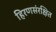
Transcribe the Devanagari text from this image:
हिरणसंरक्षित